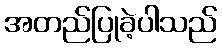
အတည်ပြုခဲ့ပါသည်